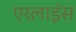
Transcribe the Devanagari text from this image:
एरलाइंस